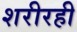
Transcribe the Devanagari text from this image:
शरीरही